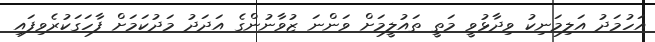
އަހުމަދު އަލިމަނިކު ވިދާޅުވީ މަތީ ތައުލީމަށް ވަންނަ ޒުވާނުންގެ އަދަދު މަދުކަމަށް ފާހަގަކުރެވިފައި